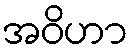
အဝိဟာ